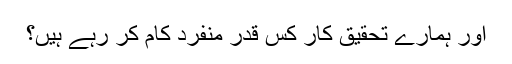
اور ہمارے تحقیق کار کس قدر منفرد کام کر رہے ہیں؟